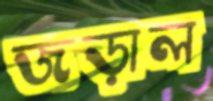
জড়াল